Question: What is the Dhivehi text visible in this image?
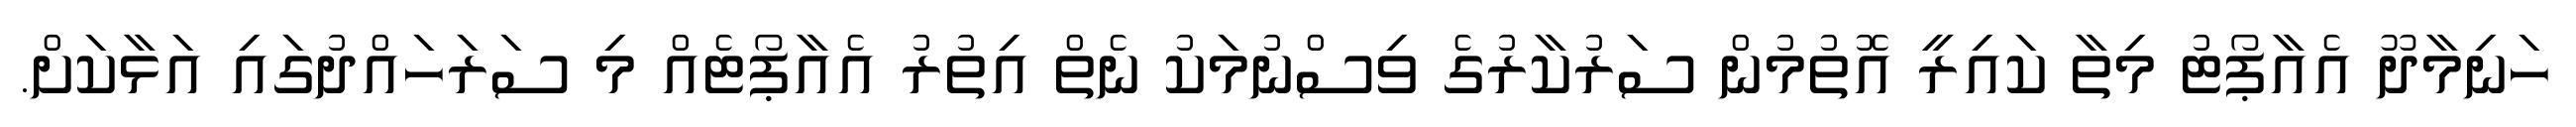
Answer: ހަނިމާދޫ އެއާޕޯޓު މިތާ ކައިރީ އޮތުމުން ސަރުކާރުގެ ވިސްނުމަކު ނެތް އިތުރު އެއާޕޯޓެއް މި ސަރަހައްދުގައި އަޅާކަށް.